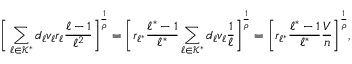
\bigg [ \sum _ { \ell \in \mathcal { K } ^ { * } } d _ { \ell } v _ { \ell } r _ { \ell } \frac { \ell - 1 } { \ell ^ { 2 } } \bigg ] ^ { \frac { 1 } { \rho } } = \bigg [ r _ { \ell ^ { * } } \frac { \ell ^ { * } - 1 } { \ell ^ { * } } \sum _ { \ell \in \mathcal { K } ^ { * } } d _ { \ell } v _ { \ell } \frac { 1 } { \ell } \bigg ] ^ { \frac { 1 } { \rho } } = \bigg [ r _ { \ell ^ { * } } \frac { \ell ^ { * } - 1 } { \ell ^ { * } } \frac { V } { n } \bigg ] ^ { \frac { 1 } { \rho } } ,